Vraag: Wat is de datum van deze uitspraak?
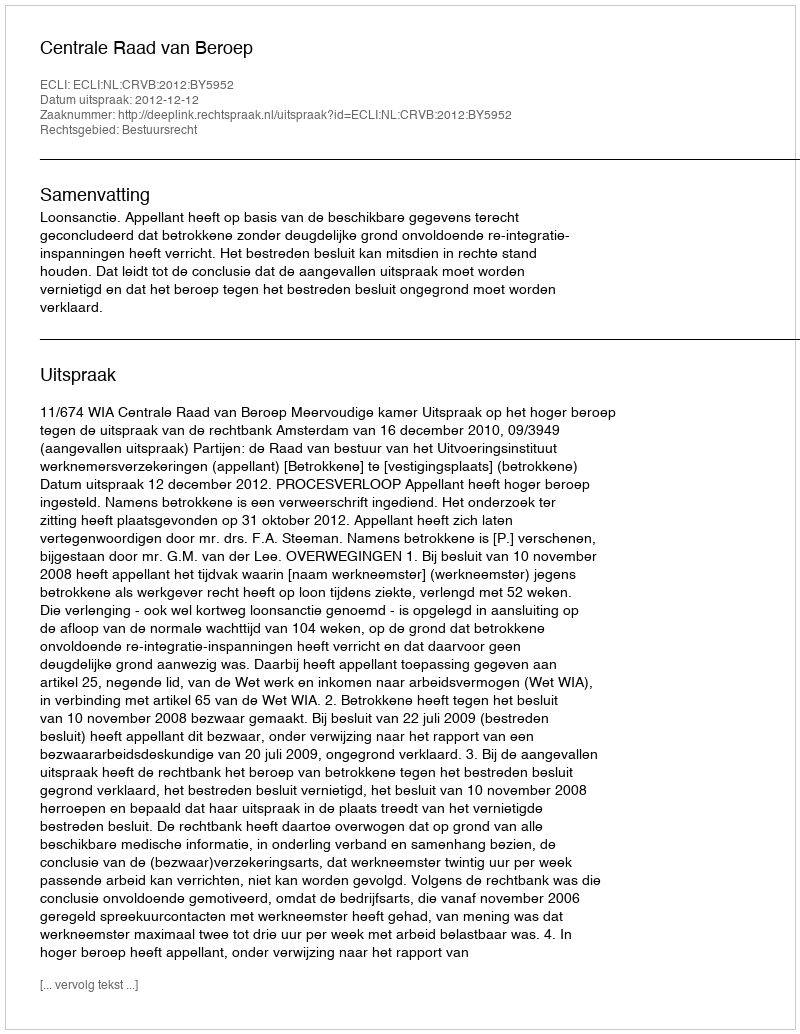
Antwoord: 2012-12-12